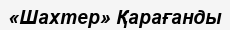
«Шахтер» Қарағанды